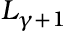
L _ { \gamma + 1 }